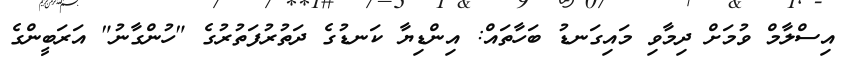
އިސްލާމް ވުމަށް ދިމާވި މައިގަނޑު ބަހާތައް: އިންޑިޔާ ކަނޑުގެ ދަތުރުފަތުރުގެ "ހުންގާނު" އަރަބީންގެ